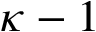
\kappa - 1